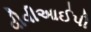
વીવીઆઈપી